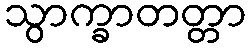
သွာက္ခာတတ္တာ